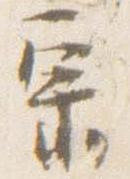
宗